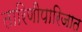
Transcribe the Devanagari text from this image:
तारिणीपारिजात